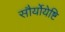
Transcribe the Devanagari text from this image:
सौर्योयेष्टि